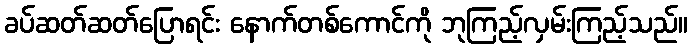
ခပ်ဆတ်ဆတ်ပြောရင်း နောက်တစ်ကောင်ကို ဘုကြည့်လှမ်းကြည့်သည်။